Civil Veterinary Dept. Assam report 1927-50 - 1927-1950
Year: 1927
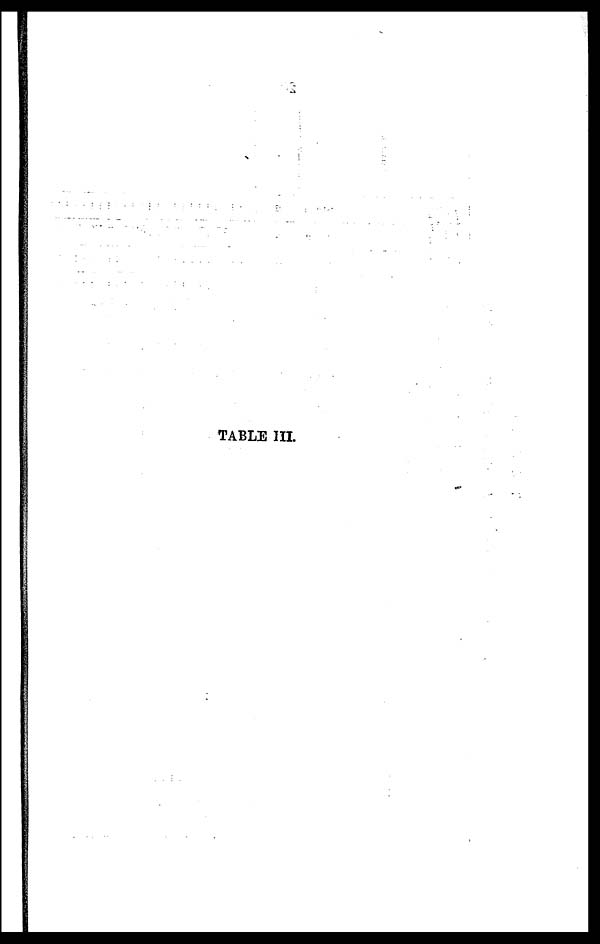
TABLE III.